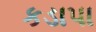
કડાપા